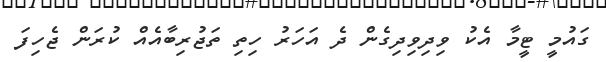
ގައުމީ ޓީމާ އެކު ވިދިވިދިގެން ދެ އަހަރު ހިތި ތަޖުރިބާއެއް ކުރަން ޖެހިފަ